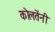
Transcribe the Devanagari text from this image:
कोलतेंनी